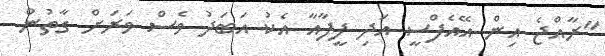
"ރާއްޖެ އިން އޭއެފްސީ އަދި ފީފާއާ އެކު އަބަދު ވެސް ވަރަށް ގާތުން